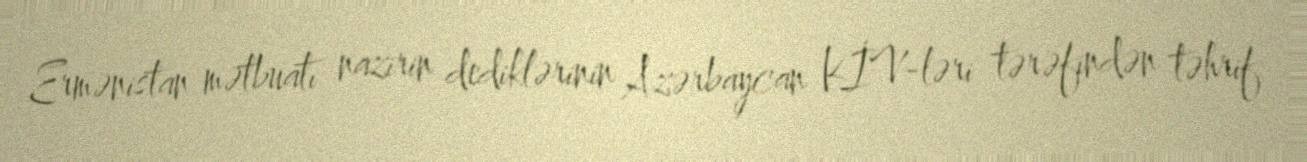
Ermənistan mətbuatı nazirin dediklərinin Azərbaycan KİV-ləri tərəfindən təhrif